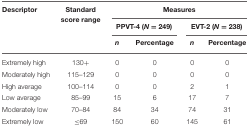
| Descriptor | Standard score range | <COLSPAN=4> Measures |
 |  |  | <COLSPAN=2> PPVT-4 (N = 249) | <COLSPAN=2> EVT-2 (N = 238) |
 |  |  | n | Percentage | n | Percentage |
 | --- | --- | --- | --- | --- | --- |
 | Extremely high | 130+ | 0 | 0 | 0 | 0 |
 | Moderately high | 115–129 | 0 | 0 | 0 | 0 |
 | High average | 100–114 | 0 | 0 | 2 | 1 |
 | Low average | 85–99 | 15 | 6 | 17 | 7 |
 | Moderately low | 70–84 | 84 | 34 | 74 | 31 |
 | Extremely low | ≤69 | 150 | 60 | 145 | 61 |